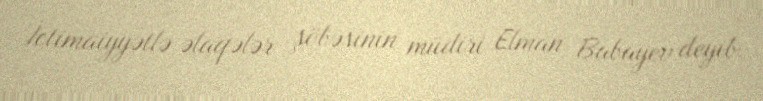
İctimaiyyətlə əlaqələr şöbəsinin müdiri Elman Babayev deyib.